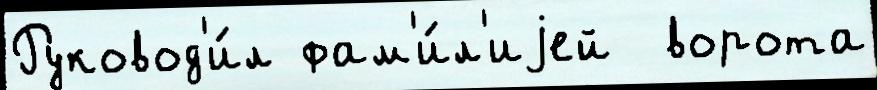
Руковод'и́л фам'и́л'иjей  ворота